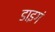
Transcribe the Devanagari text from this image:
डाइगं